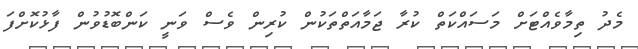
މެދު ތިމާވެއްޓަށް މަސަައްކަތް ކުރާ ޖަމާއަތްތަކުން ކުރިން ވެސް ވަނީ ކަންބޮޑުވުން ފާޅުކޮށްފަ